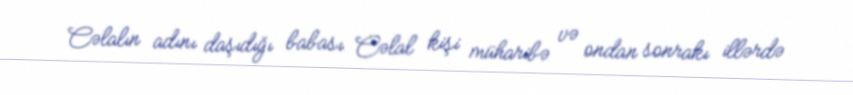
Cəlalın adını daşıdığı babası Cəlal kişi müharibə və ondan sonrakı illərdə